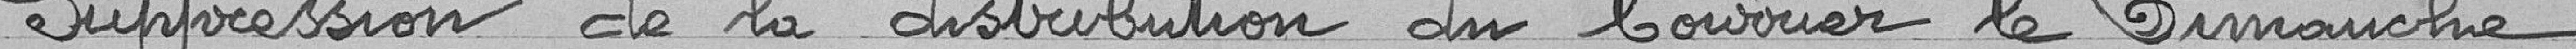
Suppression de la distribution du Courrier le Dimanche